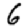
Digit: 6